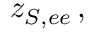
z _ { S , e e } \, ,